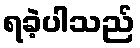
ရခဲ့ပါသည်